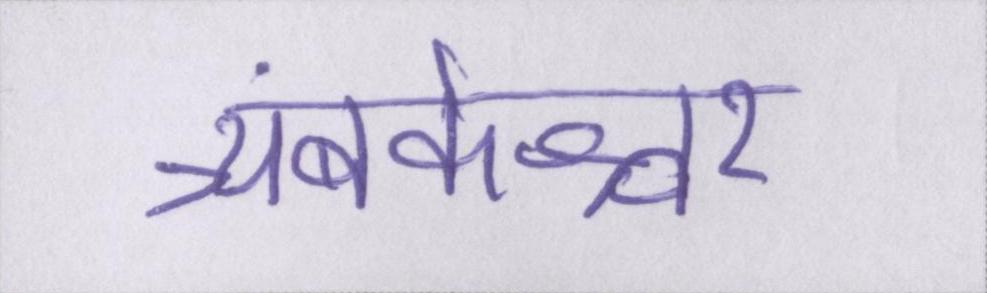
त्र्यंबकेश्वर